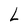
Character: L